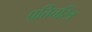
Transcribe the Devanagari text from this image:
प्रतिचरित्र